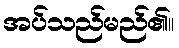
အပ်သည်မည်၏။